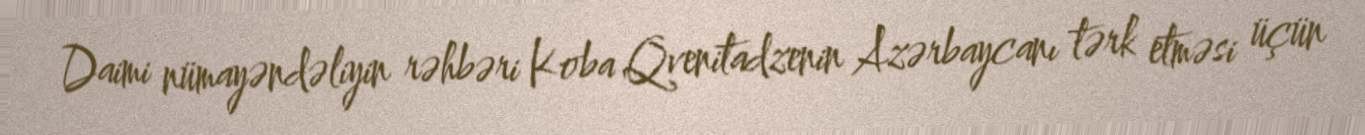
Daimi nümayəndəliyin rəhbəri Koba Qvenitadzenin Azərbaycanı tərk etməsi üçün